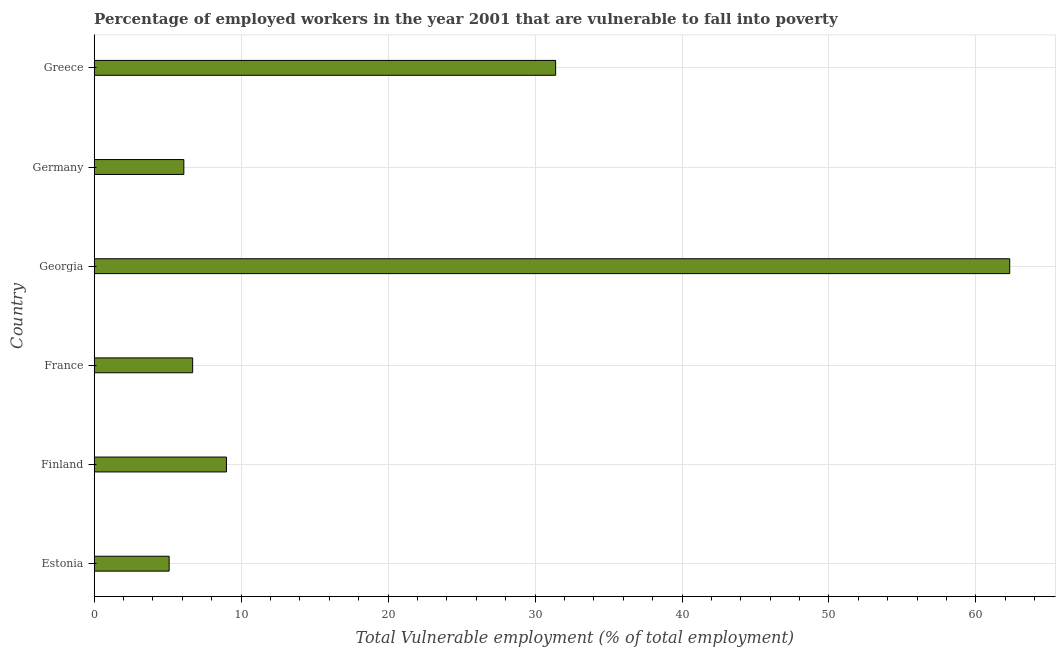
| Country | Vulnerable employment |
 | --- | --- |
 | Estonia | 5.1 |
 | Finland | 9 |
 | France | 6.7 |
 | Georgia | 62.3 |
 | Germany | 6.1 |
 | Greece | 31.4 |